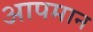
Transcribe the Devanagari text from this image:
आपमान